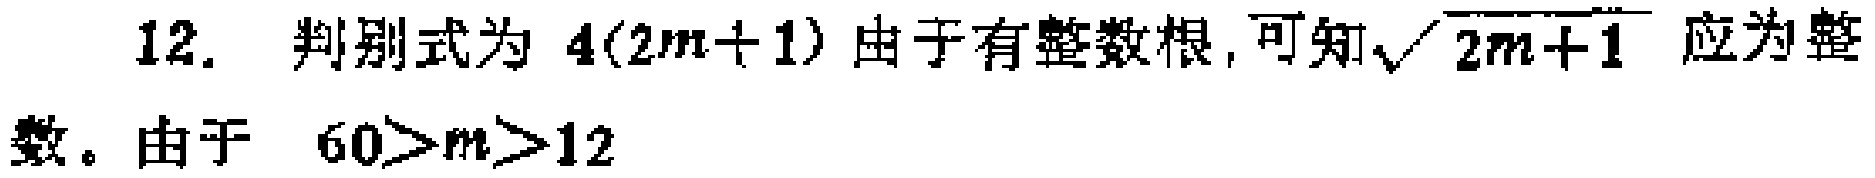
12. 判别式为 \(4(2m + 1)\) 由于有整数根, 可知\(\sqrt{2m + 1}\) 应为整数。由于 \(60>m>12\)